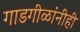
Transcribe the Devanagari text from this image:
गाडगीळांनीही